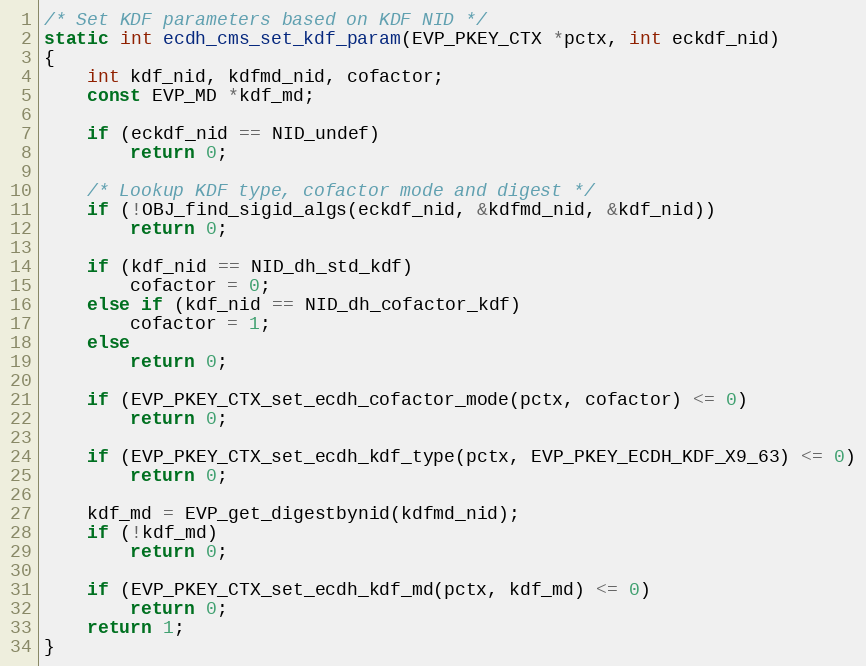
Language: C
/* Set KDF parameters based on KDF NID */
static int ecdh_cms_set_kdf_param(EVP_PKEY_CTX *pctx, int eckdf_nid)
{
    int kdf_nid, kdfmd_nid, cofactor;
    const EVP_MD *kdf_md;

    if (eckdf_nid == NID_undef)
        return 0;

    /* Lookup KDF type, cofactor mode and digest */
    if (!OBJ_find_sigid_algs(eckdf_nid, &kdfmd_nid, &kdf_nid))
        return 0;

    if (kdf_nid == NID_dh_std_kdf)
        cofactor = 0;
    else if (kdf_nid == NID_dh_cofactor_kdf)
        cofactor = 1;
    else
        return 0;

    if (EVP_PKEY_CTX_set_ecdh_cofactor_mode(pctx, cofactor) <= 0)
        return 0;

    if (EVP_PKEY_CTX_set_ecdh_kdf_type(pctx, EVP_PKEY_ECDH_KDF_X9_63) <= 0)
        return 0;

    kdf_md = EVP_get_digestbynid(kdfmd_nid);
    if (!kdf_md)
        return 0;

    if (EVP_PKEY_CTX_set_ecdh_kdf_md(pctx, kdf_md) <= 0)
        return 0;
    return 1;
}